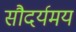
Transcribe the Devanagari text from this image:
सौदर्यमय